Vabadussoja_Ajaloo_Komitee, lk 5
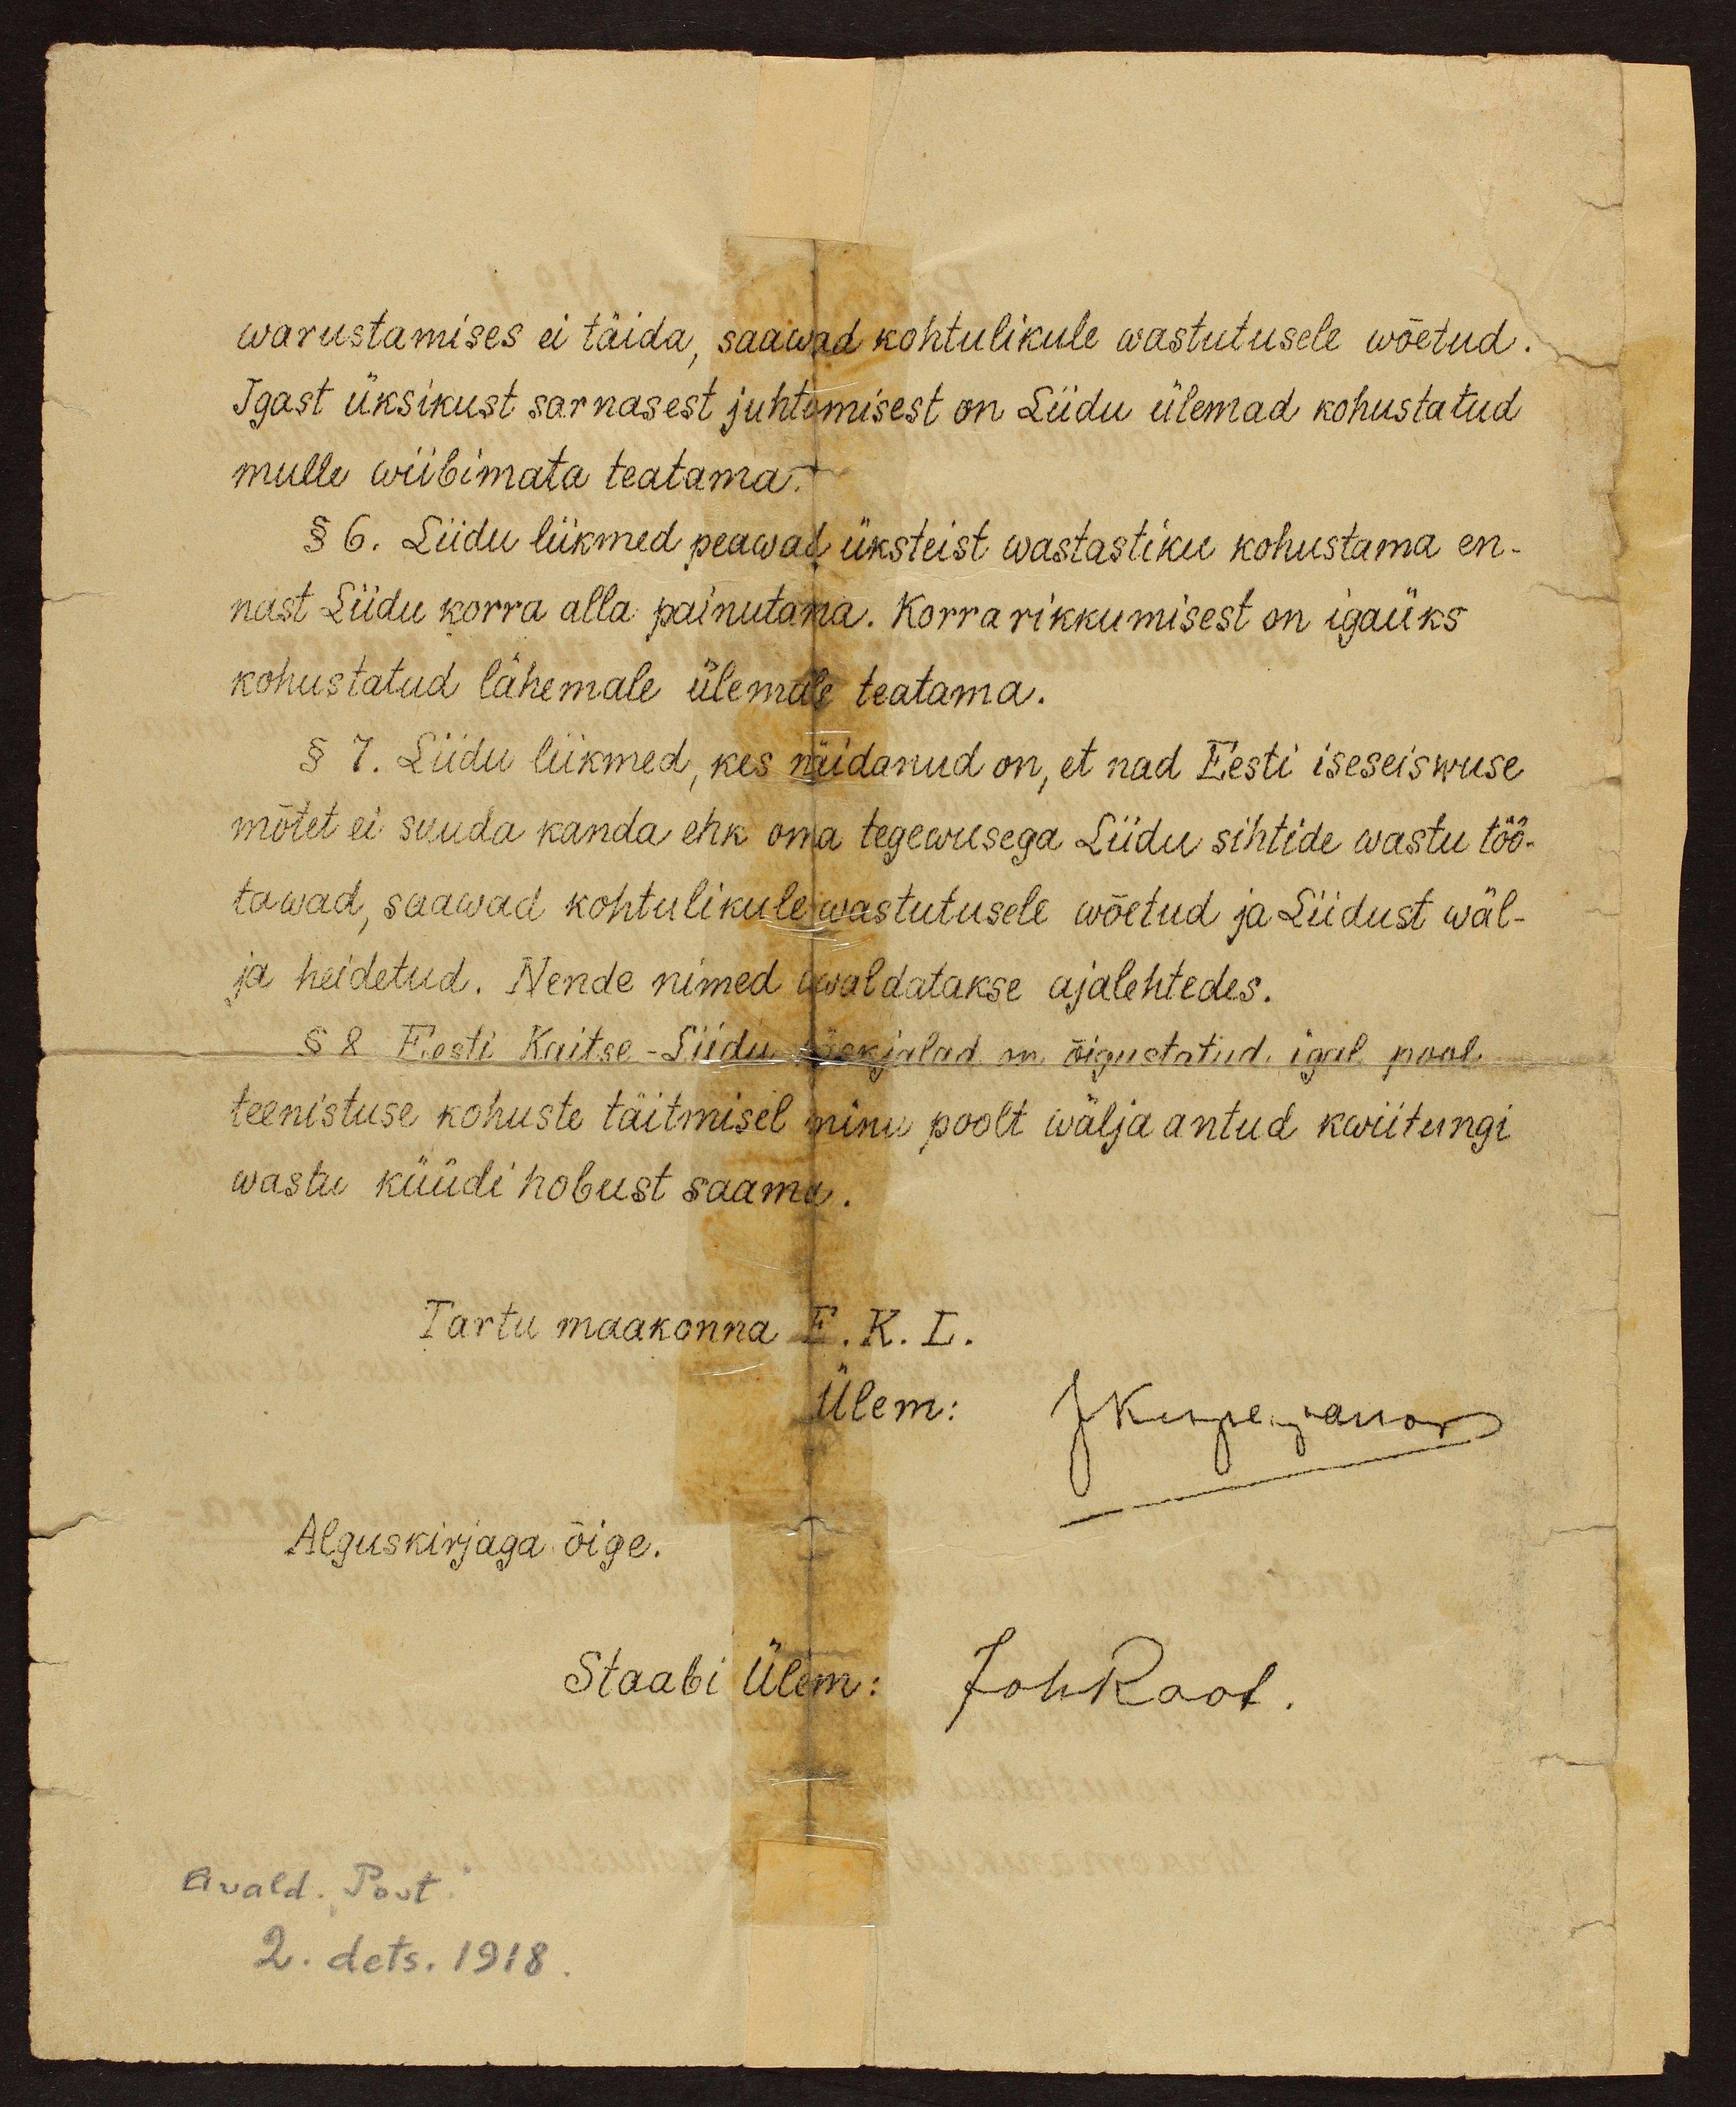
warustamises ei täida, saawad kohtulikule wastutusele wõetud.
Igast üksikust sarnasest juhtumisest on Liidu ülemad kohustatud
mulle wiibimata teatama.
§ 6. Liidu liikmed peawad üksteist wastastiku kohustama en-
nast Liidu korra alla painutama. Korrarikkumisest on igaüks
kohustatud lähemale ülemale teatama.
§ 7. Liidu liikmed, kes näidanud on, et nad Eesti iseseiswuse
mõtet ei suuda kanda ehk oma tegewusega Liidu sihtide wastu töö-
tawad, saavad kohtulikule wastutusele wõetud ja Liidust wäl-
ja heidetud. Nende nimed avaldatakse ajalehtedes.
§ 8 Eesti Kaitse - Liidu käskjalad on õigustatud igal pool
teenistuse kohuste täitmisel minu poolt wälja antud kwiitungi
wastu küüdi hobust saama.
Tartu maakonna F. K. L.
Ülem:
JKuperjanov
Alguskirjaga õige.
Staabi ülem:
JohRaatt.
Avald. "Post".
2. dets. 1918